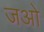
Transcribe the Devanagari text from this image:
जओ